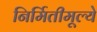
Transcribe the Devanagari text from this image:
निर्मितीमूल्ये